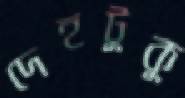
দেহটুকু